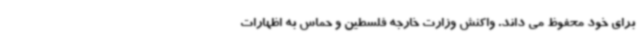
برای خود محفوظ می داند. واکنش وزارت خارجه فلسطین و حماس به اظهارات